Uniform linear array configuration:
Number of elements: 24
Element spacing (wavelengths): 0.75
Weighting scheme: blackman
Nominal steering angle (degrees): -15
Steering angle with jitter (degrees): -15.151
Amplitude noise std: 0.05
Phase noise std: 0.05

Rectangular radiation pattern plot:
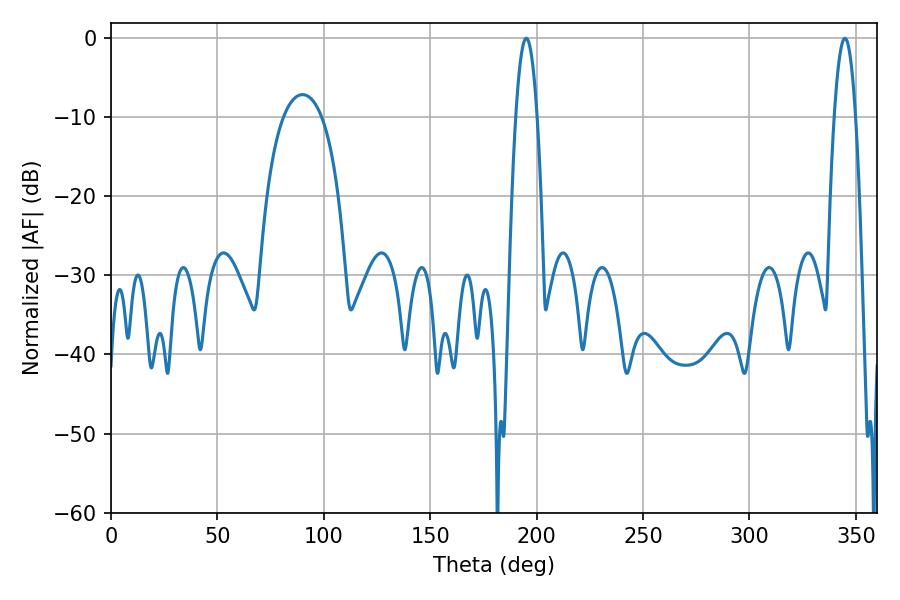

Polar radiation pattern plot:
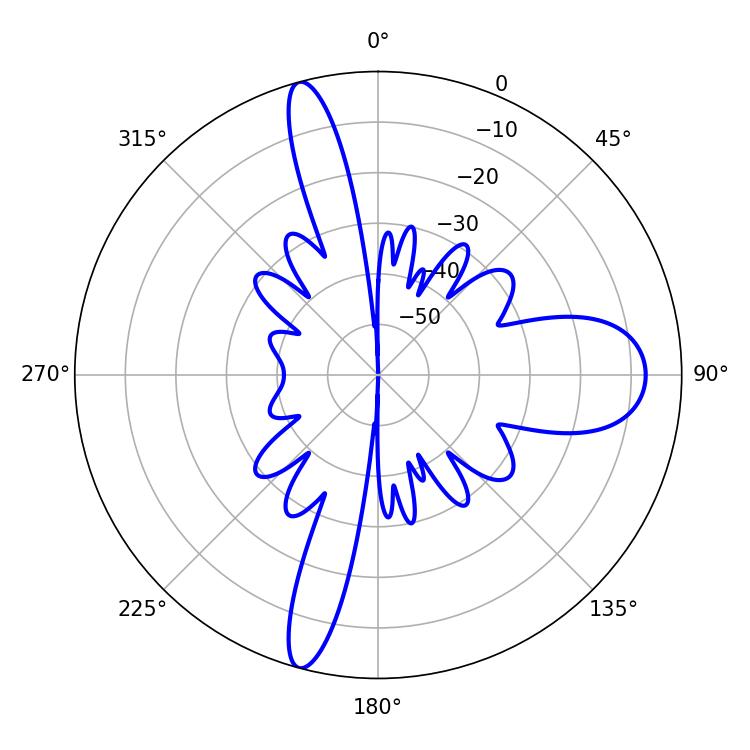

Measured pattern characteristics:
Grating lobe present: TRUE
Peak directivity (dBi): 23.525
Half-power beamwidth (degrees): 5.4
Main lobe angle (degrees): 195.12